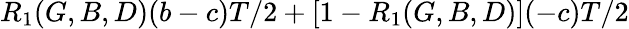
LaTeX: R_{1}(G,B,D)(b-c)T/2+\left[1-R_{1}(G,B,D)\right](-c)T/2